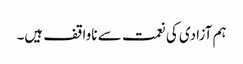
ہم آزادی کی نعمت سے ناواقف ہیں۔